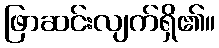
ဖြာဆင်းလျက်ရှိ၏။